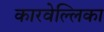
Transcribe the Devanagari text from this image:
कारवेल्लिका